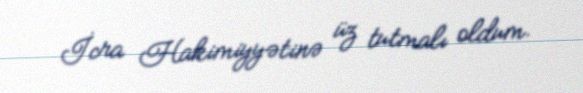
İcra Hakimiyyətinə üz tutmalı oldum.